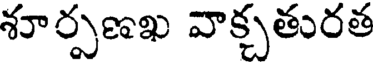
శూర్పణఖ వాక్చతురత